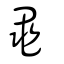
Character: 黽